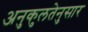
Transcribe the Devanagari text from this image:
अनुकुलतेनुसार